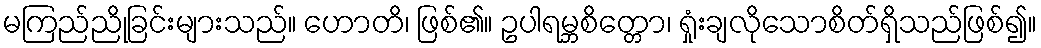
မကြည်ညိုခြင်းများသည်။ ဟောတိ၊ ဖြစ်၏။ ဥပါရမ္ဘစိတ္တော၊ ရှုံးချလိုသောစိတ်ရှိသည်ဖြစ်၍။